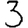
Digit: 3